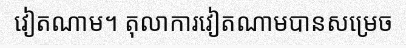
វៀតណាម។ តុលាការវៀតណាមបានសម្រេច